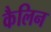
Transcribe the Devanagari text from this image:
कैलिन